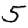
Digit: 5